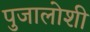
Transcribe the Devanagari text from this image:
पुजालोशी